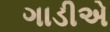
ગાડીએ